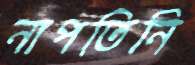
নাপতিনি